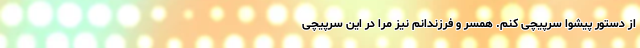
از دستور پیشوا سرپیچی کنم. همسر و فرزندانم نیز مرا در این سرپیچی